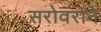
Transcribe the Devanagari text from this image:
सरोवराने